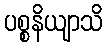
ပစ္စနိယျာသိ